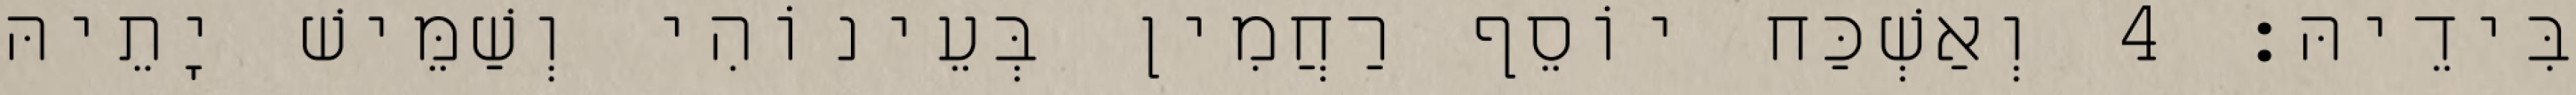
בִּידֵיהּ׃ 4 וְאַשְׁכַּח יוֹסֵף רַחֲמִין בְּעֵינוֹהִי וְשַׁמֵּישׁ יָתֵיהּ